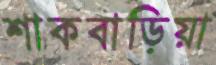
শাকবাড়িয়া